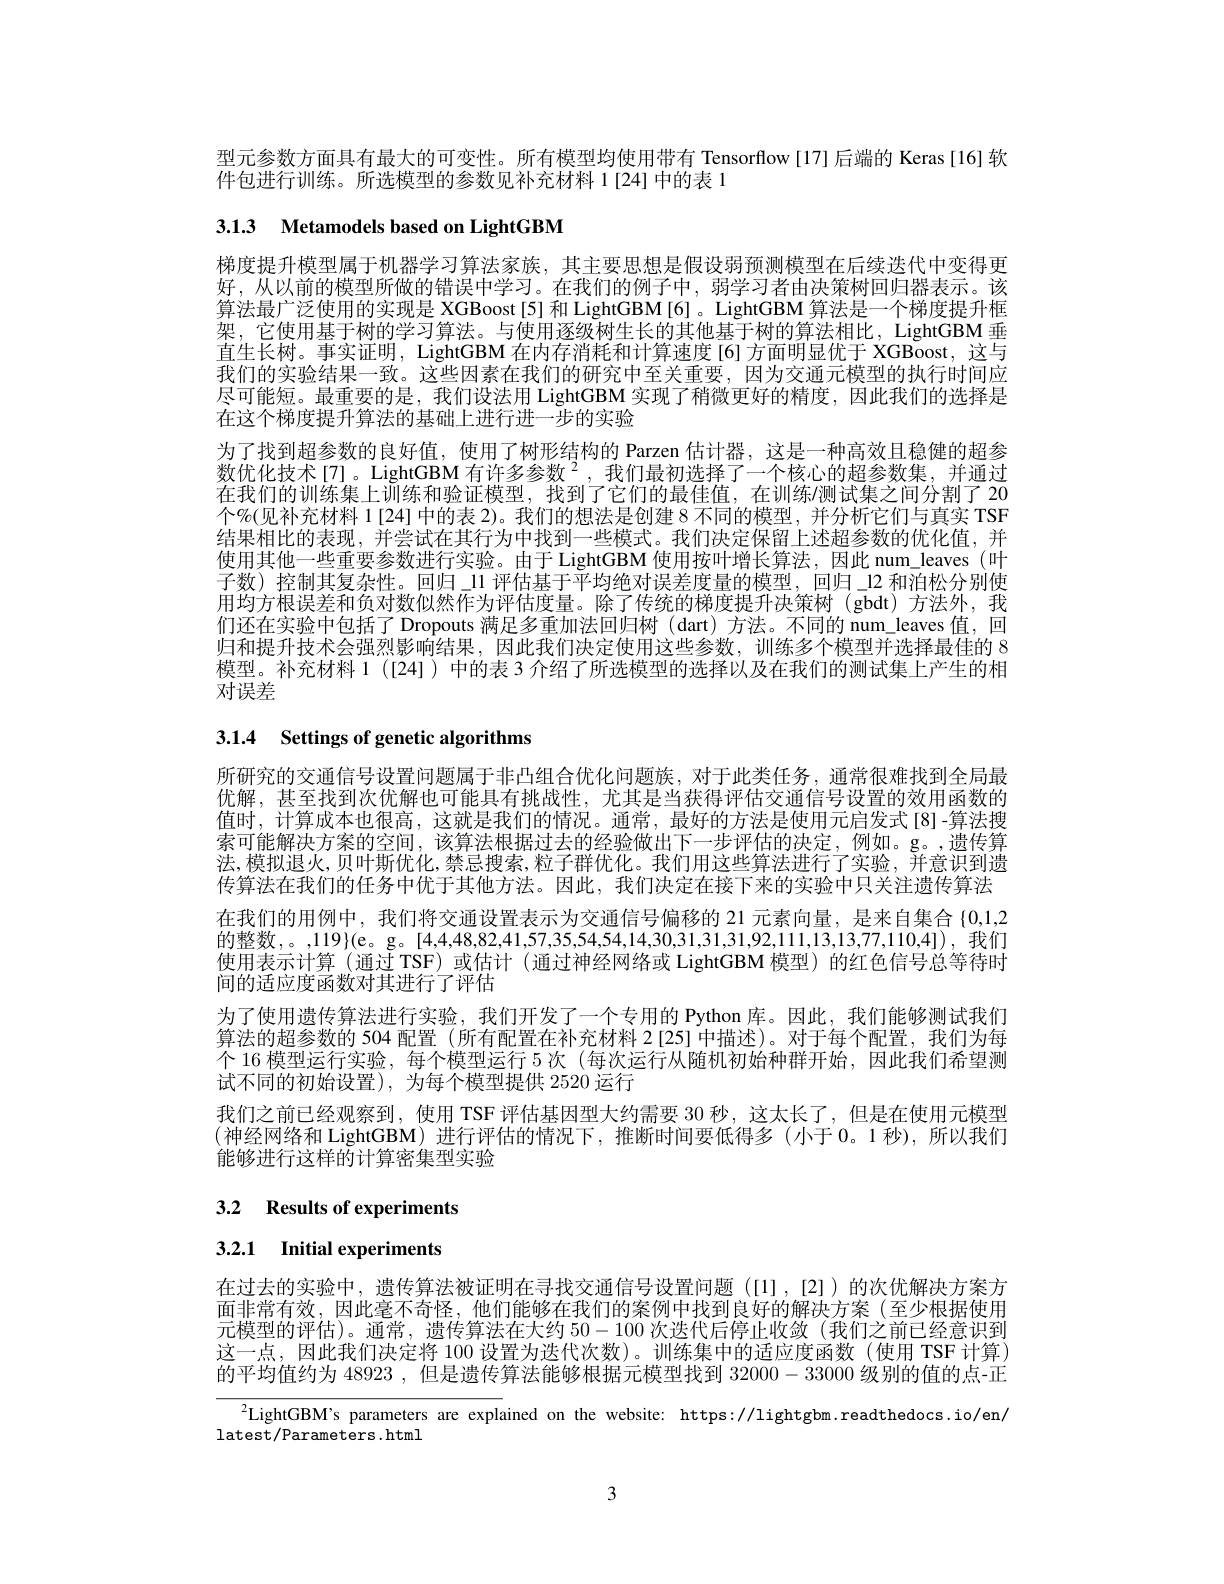
型元参数方面具有最大的可变性。所有模型均使用带有 Tensorflow [17]后端的 Keras[16] 软
件包进行训练。所选模型的参数见补充材料 1[24]中的表 1

3.1.3 Metamodels based on LightGBM

梯度提升模型属于机器学习算法家族，其主要思想是假设弱预测模型在后续迭代中变得更好，从以前的模型所做的错误中学习。在我们的例子中，弱学习者由决策树回归器表示。该算法最广泛使用的实现是 XGBoost[5] 和 LightGBM[6] 。LightGBM 算法是一个梯度提升框架，它使用基于树的学习算法。与使用逐级树生长的其他基于树的算法相比，LightGBM 垂直生长树。事实证明，LightGBM 在内存消耗和计算速度 [6] 方面明显优于 XGBoost, 这与我们的实验结果一致。这些因素在我们的研究中至关重要，因为交通元模型的执行时间应尽可能短。最重要的是，我们设法用 LightGBM 实现了稍微更好的精度，因此我们的选择是在这个梯度提升算法的基础上进行进一步的实验
为了找到超参数的良好值，使用了树形结构的 Parzen 估计器，这是一种高效且稳健的超参数优化技术[7]。LightGBM 有许多参数$^{2}$,我们最初选择了一个核心的超参数集，并通过在我们的训练集上训练和验证模型，找到了它们的最佳值，在训练$\iota$测试集之间分割了 20个%(见补充材料 1[24] 中的表 2)。我们的想法是创建 8 不同的模型，并分析它们与真实 TSF 结果相比的表现，并尝试在其行为中找到一些模式。我们决定保留上述超参数的优化值，并使用其他一些重要参数进行实验。由于 LightGBM 使用按叶增长算法，因此 num\_leaves (叶子数)控制其复杂性。回归\_11 评估基于平均绝对误差度量的模型，回归\_12 和泊松分别使用均方根误差和负对数似然作为评估度量。除了传统的梯度提升决策树(gbdt)方法外，我们还在实验中包括了 Dropouts 满足多重加法回归树(dart)方法。不同的 num\_leaves 值，回归和提升技术会强烈影响结果，因此我们决定使用这些参数，训练多个模型并选择最佳的 8模型。补充材料 1([24])中的表 3 介绍了所选模型的选择以及在我们的测试集上产生的相对误差

# 3.1.4 Settings of genetic algorithms

所研究的交通信号设置问题属于非凸组合优化问题族，对于此类任务，通常很难找到全局最优解，甚至找到次优解也可能具有挑战性，尤其是当获得评估交通信号设置的效用函数的值时，计算成本也很高，这就是我们的情况。通常，最好的方法是使用元启发式[8]-算法搜索可能解决方案的空间，该算法根据过去的经验做出下一步评估的决定，例如。g。,遗传算法，模拟退火，贝叶斯优化，禁忌搜索，粒子群优化。我们用这些算法进行了实验，并意识到遗传算法在我们的任务中优于其他方法。因此，我们决定在接下来的实验中只关注遗传算法在我们的用例中，我们将交通设置表示为交通信号偏移的 21 元素向量，是来自集合$\{0,1,2$ 的整数，。,119$\}(e。g。[4,4,48,82,41,57,35,54,54,14,30,31,31,31,92,111,13,13,77,110,4]),我们$ 使用表示计算 (通过 TSF) 或估计 (通过神经网络或 LightGBM 模型)的红色信号总等待时间的适应度函数对其进行了评估
为了使用遗传算法进行实验，我们开发了一个专用的 Python 库。因此，我们能够测试我们算法的超参数的 504 配置 (所有配置在补充材料 2[25]中描述)。对于每个配置，我们为每个 16 模型运行实验，每个模型运行 5 次 (每次运行从随机初始种群开始，因此我们希望测试不同的初始设置), 为每个模型提供 2520 运行
我们之前已经观察到，使用 TSF 评估基因型大约需要 30 秒，这太长了，但是在使用元模型(神经网络和 LightGBM)进行评估的情况下，推断时间要低得多(小于 0。1秒),所以我们能够进行这样的计算密集型实验

# 3.2 Results of experiments

3.2.1 Initial experiments

在过去的实验中，遗传算法被证明在寻找交通信号设置问题([1],[2])的次优解决方案方面非常有效，因此毫不奇怪，他们能够在我们的案例中找到良好的解决方案(至少根据使用元模型的评估)。通常，遗传算法在大约50-100次迭代后停止收敛(我们之前已经意识到这一点，因此我们决定将 100 设置为迭代次数)。训练集中的适应度函数(使用 TSF 计算) 的平均值约为 48923 , 但是遗传算法能够根据元模型找到32000-33000级别的值的点-正

LightGBM's parameters are explained on the website: https://lightgbm.readthedocs.io/en/
latest/Parameters.html

3